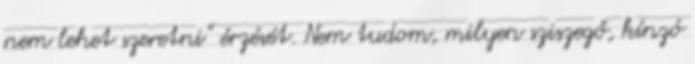
nem lehet szeretni” érzését. Nem tudom, milyen sziszegő, kínzó